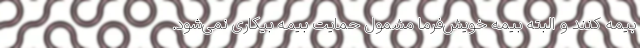
بیمه کنند و البته بیمه خویش‌فرما مشمول حمایت بیمه بیکاری نمی‌شود.